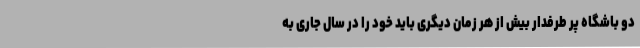
دو باشگاه پر طرفدار بیش از هر زمان دیگری باید خود را در سال جاری به